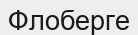
Флоберге